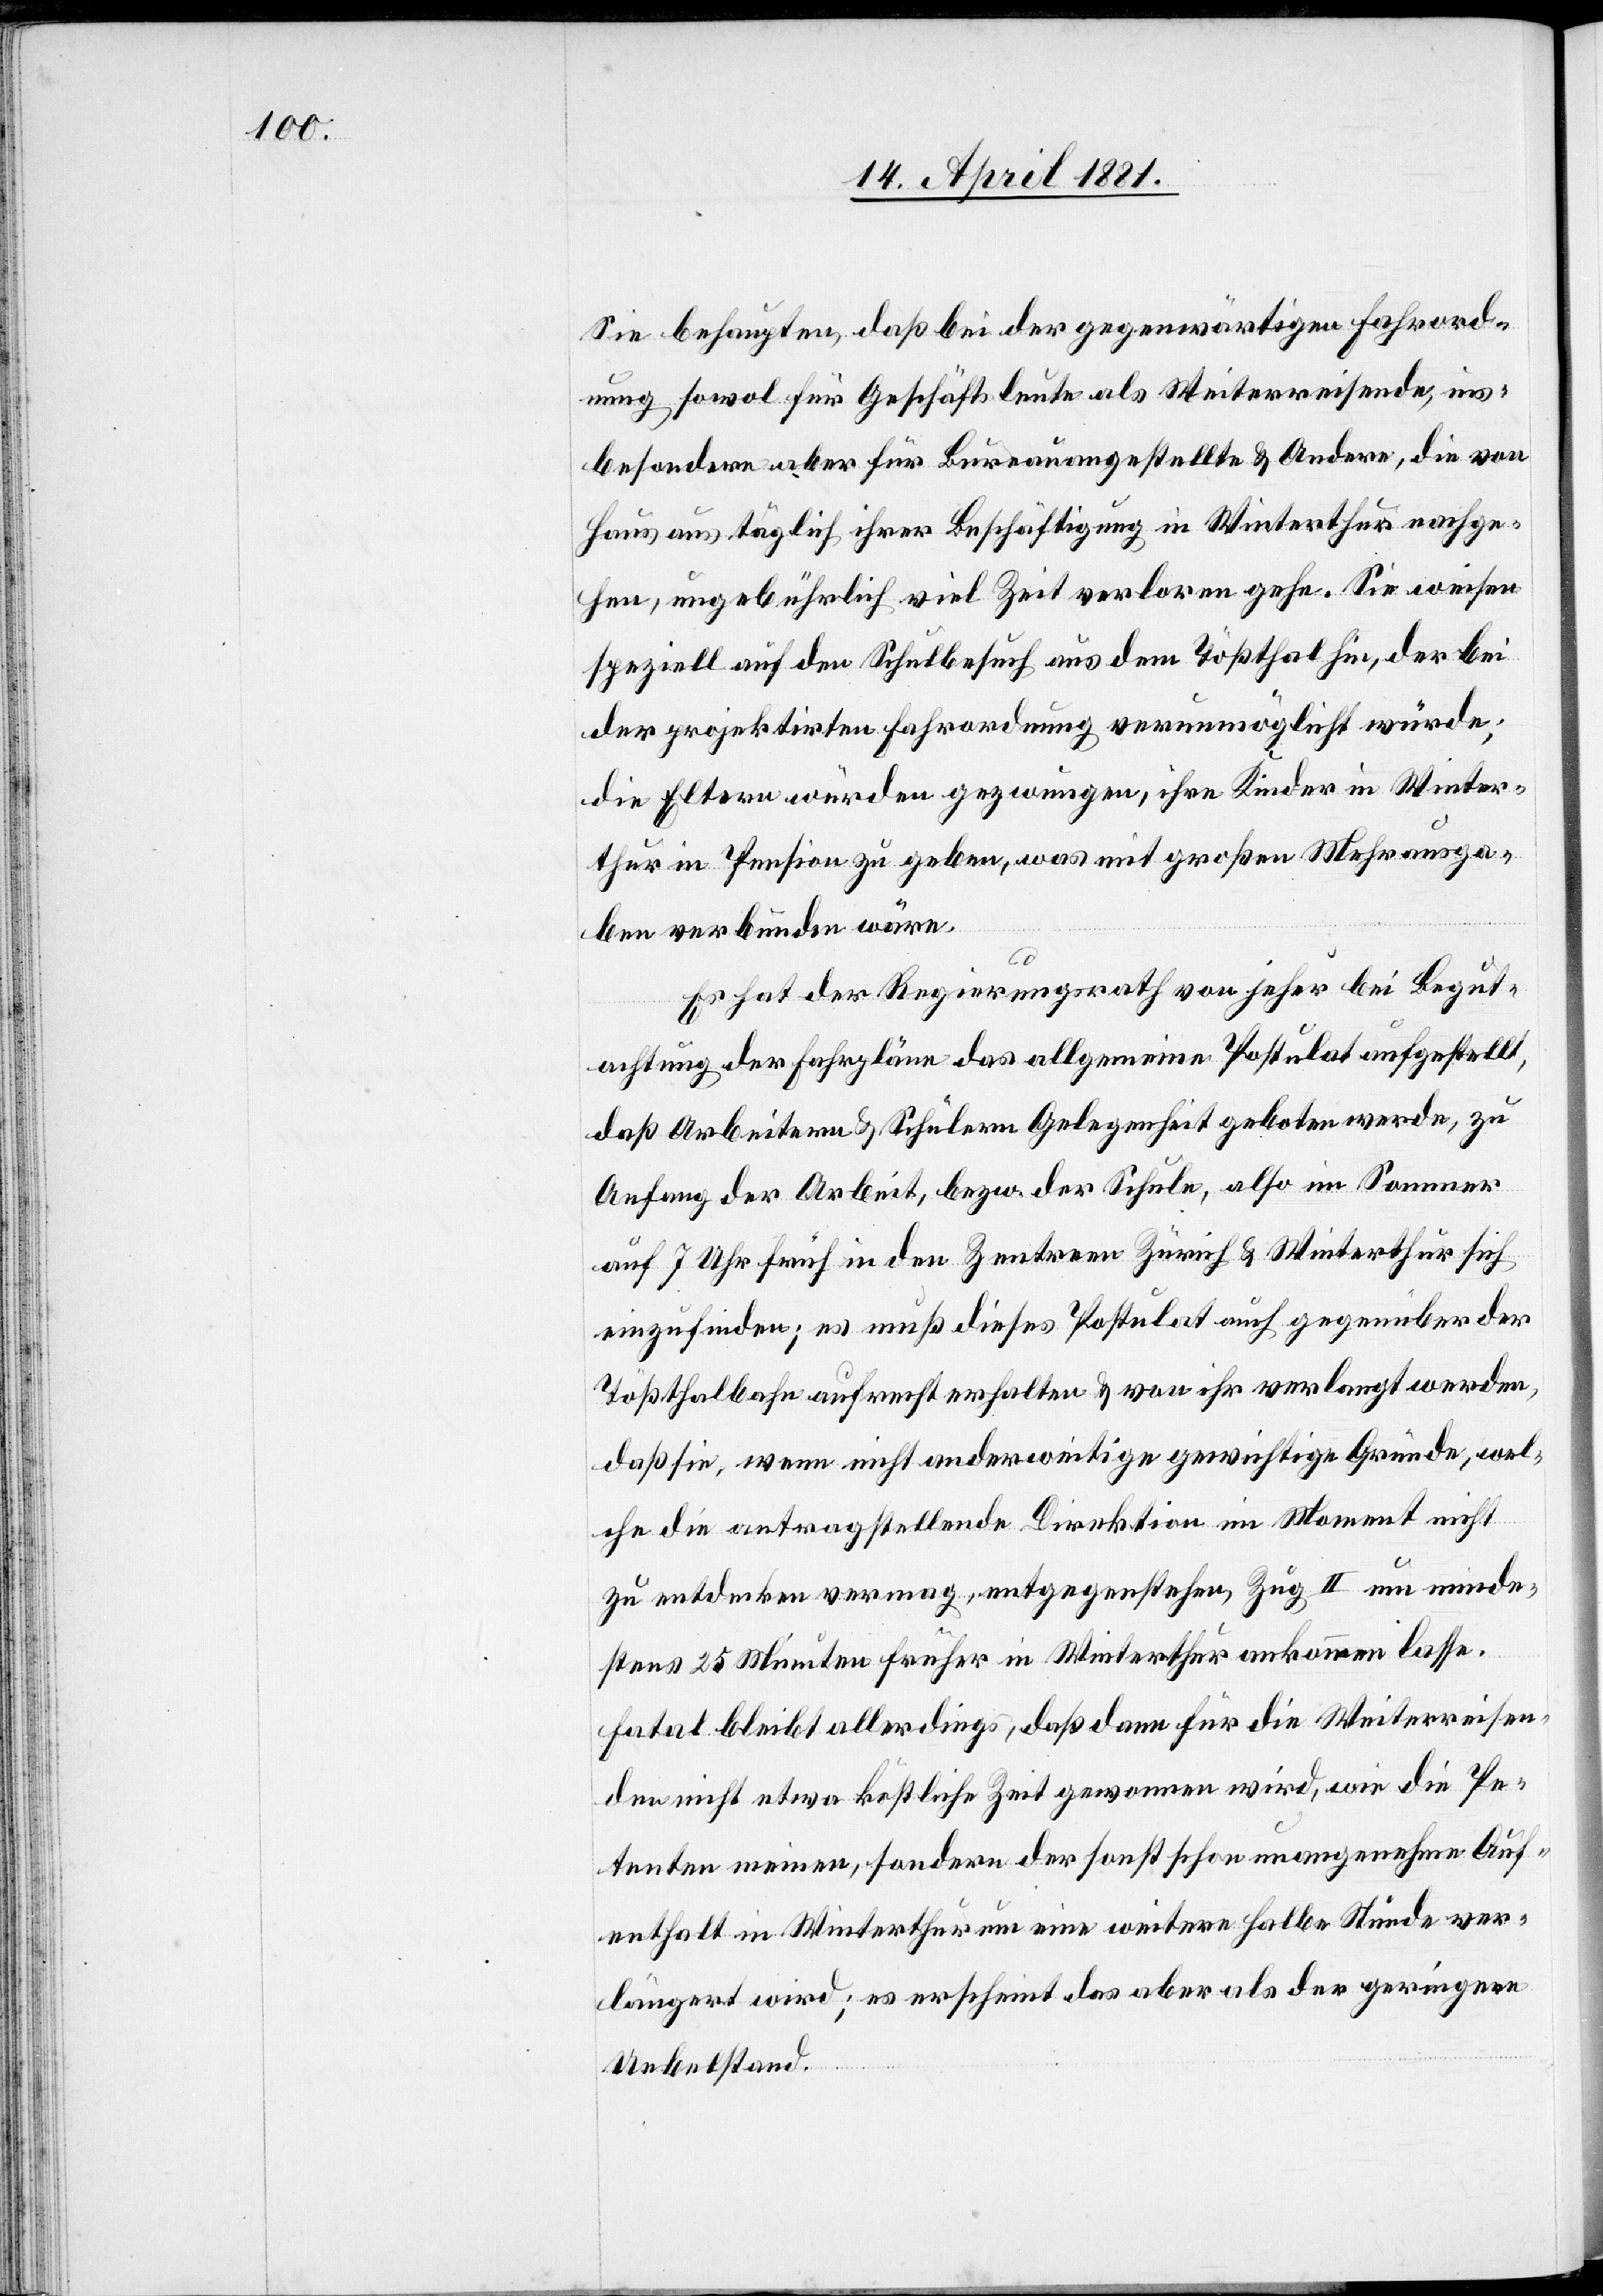
Sie behaupten, daß bei der gegenwärtigen Fahrord¬
nung sowol für Geschäftsleute als Weiterreisende, ins¬
besondere aber für Bureauangestellte & Andere, die von
Haus aus täglich ihrer Beschäftigung in Winterthur nachge¬
hen, ungebührlich viel Zeit verloren gehe. Sie weisen
speziell auf den Schulbesuch aus dem Tößthal hin, der bei
der projektirten Fahrordnung verunmöglicht würde;
die Eltern würden gezwungen, ihre Kinder in Winter¬
thur in Pension zu eben, was mit großen Mehrausga¬
ben verbunden wäre.
Es hat der Regierungsrath von jeher bei Begut¬
achtung der Fahrpläne das allgemeine Postulat aufgestellt,
das Arbeitern & Schülern Gelegenheit geboten werde, zu
Anfang der Arbeit, bezw. der Schule, also im Sommer
auf 7 Uhr früh in den Zentren Zürich & Winterthur sich
einzufinden; es muß dieses Postulat auch gegenüber der
Tößthalbahn aufrecht erhalten & von ihr verlangt werden,
daß sie, wenn nicht anderweitige gewichtige Gründe, wel¬
che die antragstellende Direktion im Moment nicht
zu entdecken vermag, entgegenstehen, Zug II um minde¬
stens 25 Minuten früher in Winterthur ankommen lassen.
Fatal bleibt allerdings, daß dann für die Weiterreisen¬
den nicht etwa köstliche Zeit gewonnen wird, wie die Pe¬
tenten meinen, sondern der sonst schon unangenehme Auf¬
enthalt in Winterthur um eine weitere halbe Stunde ver¬
längert wird; es erscheint das aber als der geringere
Uebelstand.